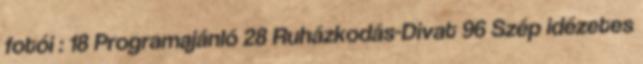
fotói : 18 Programajánló 28 Ruházkodás-Divat 96 Szép idézetes